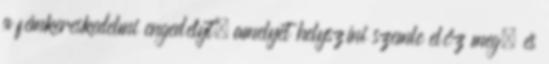
a fémkereskedelmi engedélyt, amelyet helyszíni szemle előz meg, és